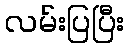
လမ်းပြပြီး